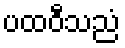
ပထဝီသညံ